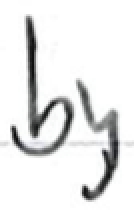
Text: by
Cross-out: clean
Writing tool: ballpoint